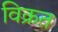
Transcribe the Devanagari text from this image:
विक्रत